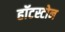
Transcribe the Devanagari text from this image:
हॉटस्टोन